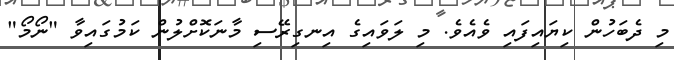
މި ދެބަހުން ކިޔައިފައި ވެއެވެ. މި ލަވައިގެ އިނގިރޭސި މާނަކޮށްލުން ކަމުގައިވާ "ނޯމޯ"